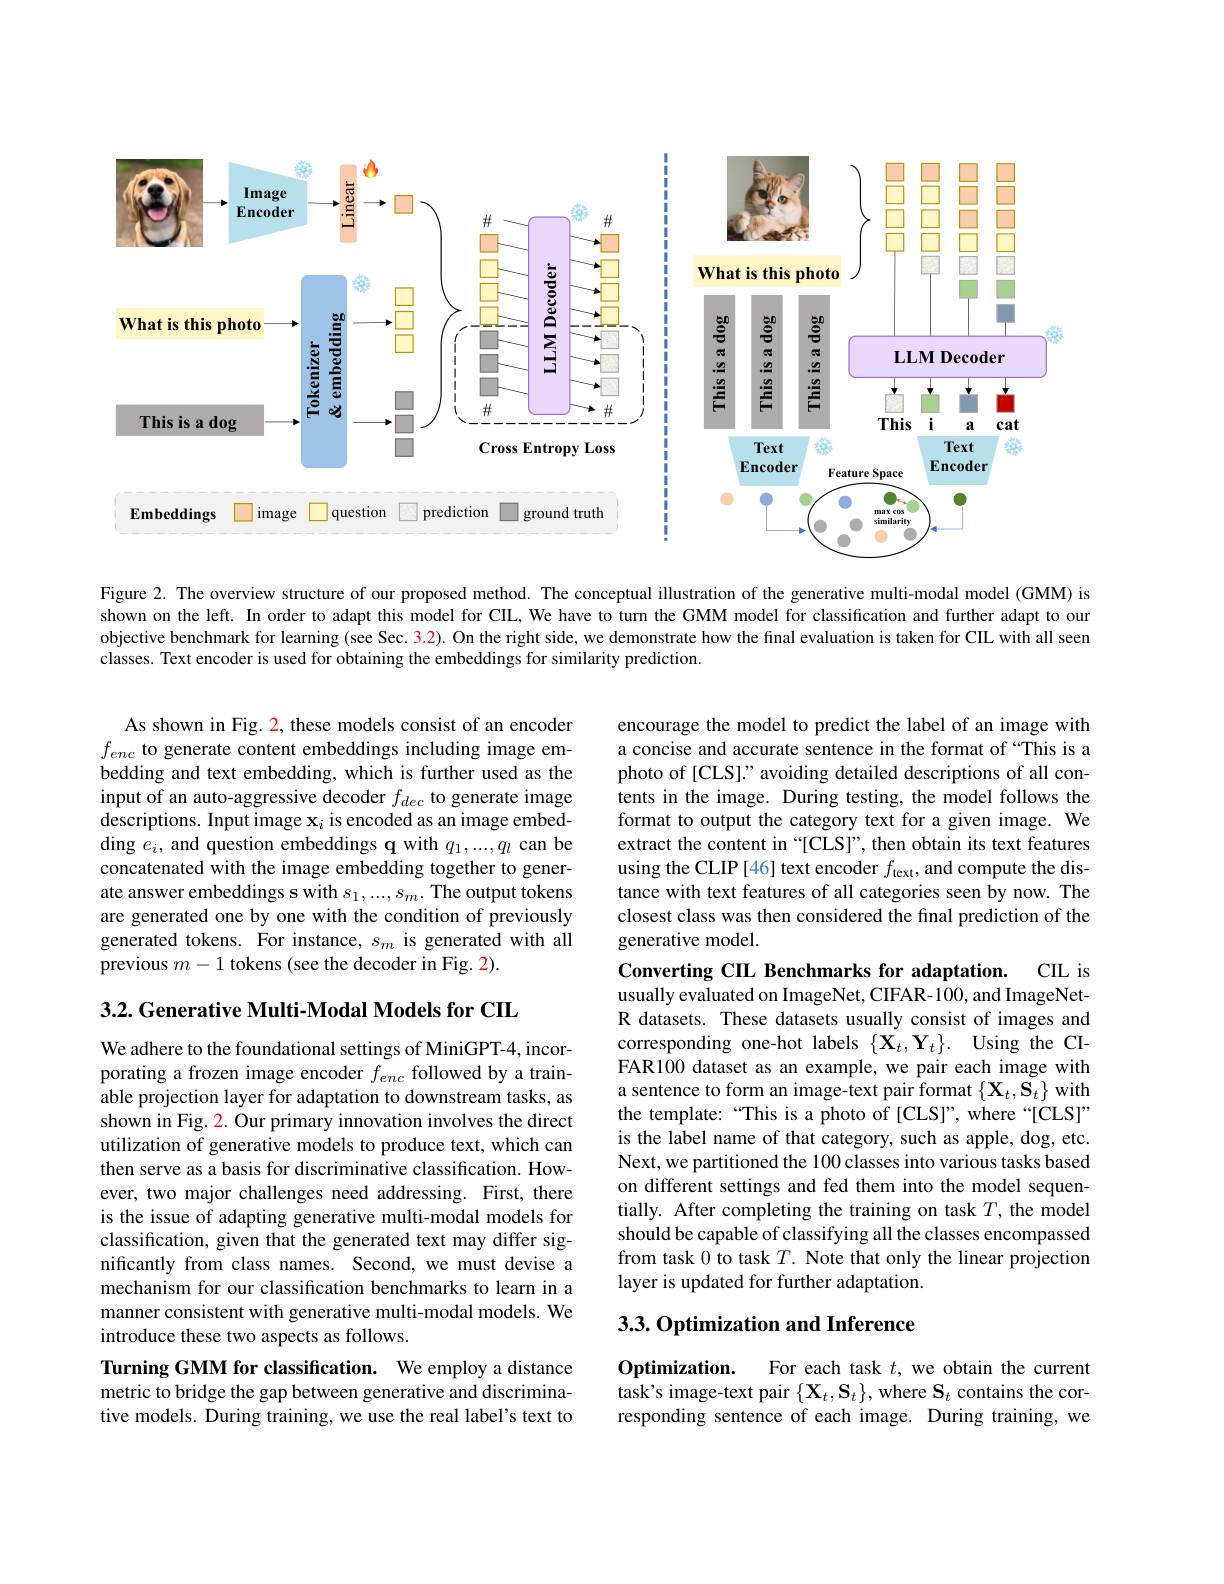
<FigureHere>

Figure 2. The overview structure of our proposed method. The conceptual illustration of the generative multi-modal model (GMM) is shown on the left. In order to adapt this model for CIL, We have to turn the GMM model for classification and further adapt to our objective benchmark for learning (see Sec. 3.2). On the right side, we demonstrate how the final evaluation is taken for CIL with all seen classes. Text encoder is used for obtaining the embeddings for similarity prediction.

encourage the model to predict the label of an image with a concise and accurate sentence in the format of “This is a photo of [CLS]." avoiding detailed descriptions of all contents in the image. During testing, the model follows the format to output the category text for a given image. We extract the content in “[CLS]”, then obtain its text features using the CLIP [46] text encoder $f_\mathrm{text}$, and compute the distance with text features of all categories seen by now. The closest class was then considered the final prediction of the generative model

As shown in Fig. 2, these models consist of an encoder $f_{enc}$ to generate content embeddings including image embedding and text embedding, which is further used as the input of an auto-aggressive decoder $f_dec$ to generate image descriptions. Input image $\mathbf{x}_i$ is encoded as an image embedding $\hat e_i$, and question embeddings q with $q_1,...,q_l$ can be concatenated with the image embedding together to generate answer embeddings s with $s_1,...,s_m.$ The output tokens are generated one by one with the condition of previously generated tokens. For instance, $s_m$ is generated with all previous $m-1$ tokens (see the decoder in Fig. 2).

CIL is

Converting CIL Benchmarks for adaptation.

3.2. Generative Multi-Modal Models for CIL

usually evaluated on ImageNet, CIFAR-100, and ImageNetR datasets. These datasets usually consist of images and corresponding one-hot labels $\{ \mathbf{X} _t, \mathbf{Y} _t\} .$ Using the CIFAR100 dataset as an example, we pair each image with a sentence to form an image-text pair format $\{\mathbf{X}_{t},\mathbf{S}_{t}\}$ with the template:“This is a photo of [CLS]”, where“[CLS]” is the label name of that category, such as apple, dog, etc. Next, we partitioned the 100 classes into various tasks based on different settings and fed them into the model sequentially. After completing the training on task $T$, the model should be capable of classifying all the classes encompassed from task 0 to task $T.$ Note that only the linear projection layer is updated for further adaptation.

We adhere to the foundational settings of MiniGPT-4, incorporating a frozen image encoder $f_{enc}$ followed by a trainable projection layer for adaptation to downstream tasks, as shown in Fig. 2. Our primary innovation involves the direct utilization of generative models to produce text, which can then serve as a basis for discriminative classification. However, two major challenges need addressing. First, there is the issue of adapting generative multi-modal models for classification, given that the generated text may differ significantly from class names. Second, we must devise a mechanism for our classification benchmarks to learn in a manner consistent with generative multi-modal models. We introduce these two aspects as follows.

## 3.3. Optimization and Inference

$\textbf{Optimization. }$ For each task $t$, we obtain the current task's image-text pair $\{\mathbf{X}_t,\mathbf{S}_t\}$, where $\mathbf{S}_t$ contains the corresponding sentence of each image. During training, we

Turning GMM for classification. We employ a distance metric to bridge the gap between generative and discriminative models. During training, we use the real label's text to